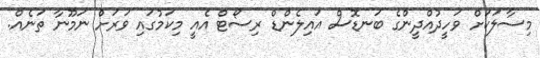
މިސާލަކަށް ވަހީދުއްދީންގެ ބަނޑޮސް އައިލެންޑް ރިސޯޓް އެއީ މިކަމުގައި ވަރަށް ނަމޫނާ ތަނެއް.